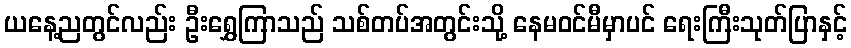
ယနေ့ညတွင်လည်း ဦးရွှေကြာသည် သစ်တပ်အတွင်းသို့ နေမဝင်မီမှာပင် ရေးကြီးသုတ်ပြာနှင့်